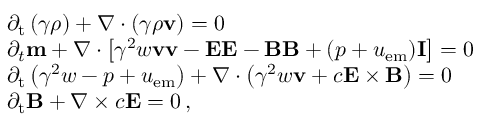
\begin{array} { r l } & { \partial _ { \mathrm { t } } \left( \gamma \rho \right) + \nabla \cdot \left( \gamma \rho \mathbf { v } \right) = 0 } \\ & { \partial _ { t } \mathbf { m } + \nabla \cdot \left[ \gamma ^ { 2 } w \mathbf { v } \mathbf { v } - \mathbf { E } \mathbf { E } - \mathbf { B } \mathbf { B } + ( p + u _ { \mathrm { e m } } ) \mathbf { I } \right] = 0 } \\ & { \partial _ { \mathrm { t } } \left( \gamma ^ { 2 } w - p + u _ { \mathrm { e m } } \right) + \nabla \cdot \left( \gamma ^ { 2 } w \mathbf { v } + c \mathbf { E } \times \mathbf { B } \right) = 0 } \\ & { \partial _ { \mathrm { t } } \mathbf { B } + \nabla \times c \mathbf { E } = 0 \, , } \end{array}